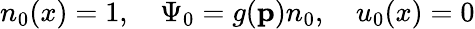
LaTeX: n_{0}(x)=1,\quad\Psi_{0}=g(\mathbf{p})n_{0},\quad u_{0}(x)=0